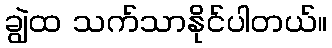
ချွဲထ သက်သာနိုင်ပါတယ်။